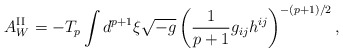
\begin{align*}A^{{\rm II}}_{W}=-T_{p}\int d^{p+1}{\xi}\sqrt{-g}\left(\frac{1}{p+1}g_{ij}h^{ij}\right)^{-(p+1)/2},\end{align*}